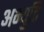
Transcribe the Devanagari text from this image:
अभ्युति